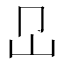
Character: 𡴺